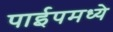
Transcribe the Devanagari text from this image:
पाईपमध्ये